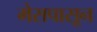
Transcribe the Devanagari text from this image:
मेसपासून